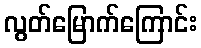
လွတ်မြောက်ကြောင်း